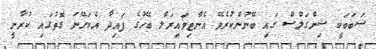
ސަބަބަކީ ޝިންގަލްސް ގައި ބޭނުންކުރެވޭ އެންޓިވައިރަލް ބޭހުގެ ފައިދާ އެކަށޭނަ ގޮތުގައި ކުރާނީ